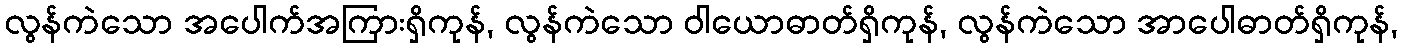
လွန်ကဲသော အပေါက်အကြားရှိကုန်, လွန်ကဲသော ဝါယောဓာတ်ရှိကုန်, လွန်ကဲသော အာပေါဓာတ်ရှိကုန်,